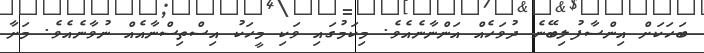
ބަހަކަށް އިންސާފުލިބޭނެ ދުވަހެއް އަންނާނެއެވެ. މިކަމުގައި ވަކި މީހަކު އިސްތިސްނާއެއް ނުވާނެއެވެ. މަށާ